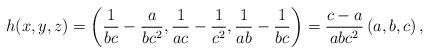
LaTeX: \begin{align*}h(x, y, z)=\left(\frac1{bc}-\frac a{bc^2},\frac1{ac}-\frac1{c^2},\frac1{ab}-\frac1{bc} \right) = \frac{c-a}{abc^2} \left(a, b, c \right),\end{align*}